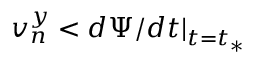
v _ { n } ^ { y } < d \Psi / d t \vert _ { t = t _ { * } }